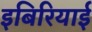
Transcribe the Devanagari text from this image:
इबिरियाई